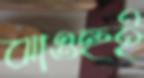
ঝাওহুই